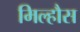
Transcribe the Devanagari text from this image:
मिल्हौस